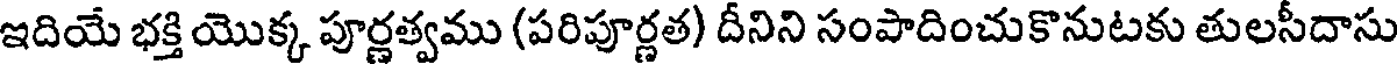
ఇదియే భక్తి యొక్క పూర్ణత్వము (పరిపూర్ణత) దీనిని సంపాదించుకొనుటకు తులసీదాసు